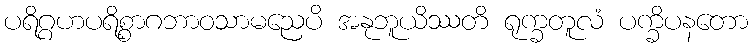
ပရိဂ္ဂဟပရိစ္စာဂဘာဝသာမညေပိ အနုဘူယိဿတိ ရုက္ခတူလံ ပက္ခိပနတော